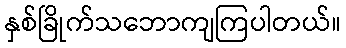
နှစ်ခြိုက်သဘောကျကြပါတယ်။